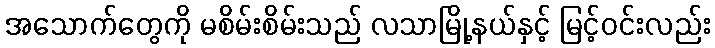
အသောက်တွေကို မစိမ်းစိမ်းသည် လသာမြို့နယ်နှင့် မြင့်ဝင်းလည်း